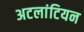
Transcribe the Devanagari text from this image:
अटलांटियन